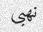
نھبى